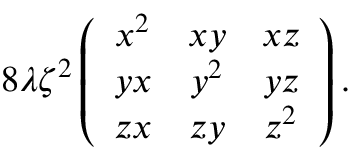
8 \lambda \zeta ^ { 2 } \left( \begin{array} { c c c } { { x ^ { 2 } } } & { { x y } } & { { x z } } \\ { { y x } } & { { y ^ { 2 } } } & { { y z } } \\ { { z x } } & { { z y } } & { { z ^ { 2 } } } \end{array} \right) .